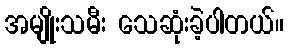
အမျိုးသမီး သေဆုံးခဲ့ပါတယ်။